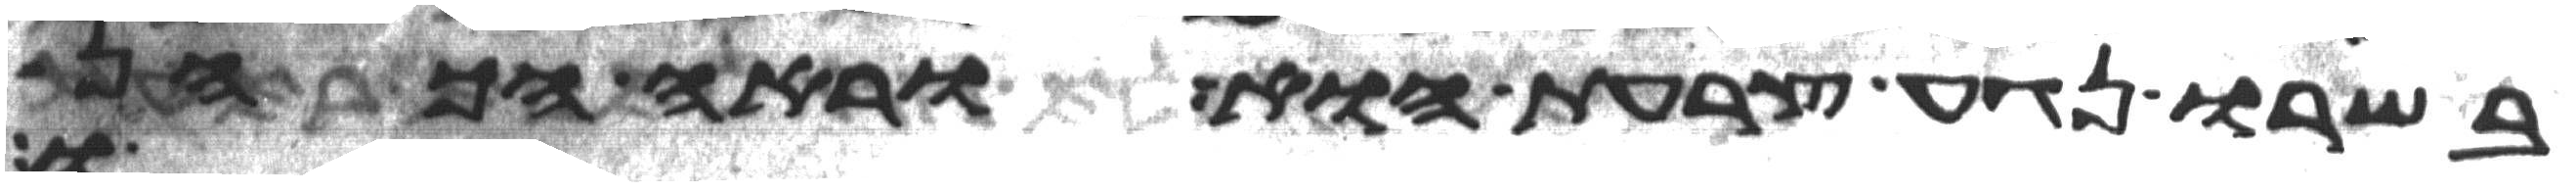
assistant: בשרו נגע צרעת הוא וראה הכהן